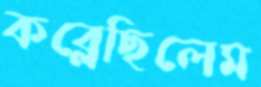
কব্‌লেছিলেম